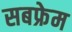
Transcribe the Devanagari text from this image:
सबफ्रेम